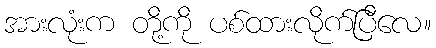
အားလုံးက တို့ကို ပစ်ထားလိုက်ပြီလေ။